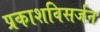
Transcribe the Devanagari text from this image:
प्रकाशविसर्जन